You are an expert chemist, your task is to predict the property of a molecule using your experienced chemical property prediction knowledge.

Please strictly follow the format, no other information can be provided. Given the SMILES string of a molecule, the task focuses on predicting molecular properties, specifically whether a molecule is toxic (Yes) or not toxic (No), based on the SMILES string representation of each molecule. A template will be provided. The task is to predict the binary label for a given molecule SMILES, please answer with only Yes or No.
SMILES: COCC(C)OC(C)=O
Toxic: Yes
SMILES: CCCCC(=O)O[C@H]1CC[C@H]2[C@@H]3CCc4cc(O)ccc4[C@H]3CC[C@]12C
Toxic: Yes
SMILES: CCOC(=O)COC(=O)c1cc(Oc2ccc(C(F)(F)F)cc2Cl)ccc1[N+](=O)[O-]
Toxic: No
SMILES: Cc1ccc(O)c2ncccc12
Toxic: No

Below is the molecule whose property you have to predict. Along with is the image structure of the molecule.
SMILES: CC(C)NCC(O)COc1ccc(CC(N)=O)cc1
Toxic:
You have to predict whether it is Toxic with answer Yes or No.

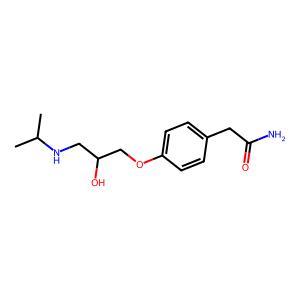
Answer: No